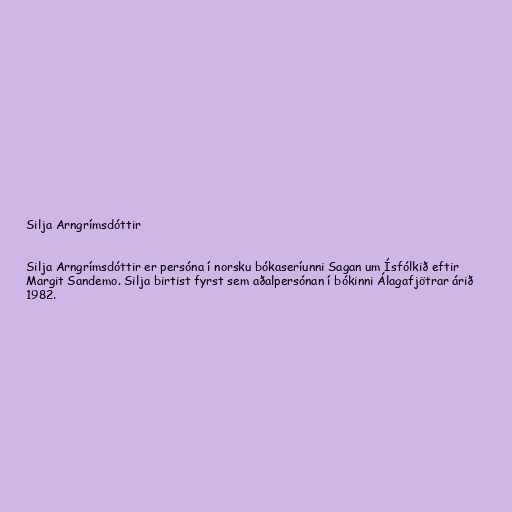
Silja Arngrímsdóttir

Silja Arngrímsdóttir er persóna í norsku bókaseríunni Sagan um Ísfólkið eftir
Margit Sandemo. Silja birtist fyrst sem aðalpersónan í bókinni Álagafjötrar árið
1982.